Annual report on the working of the lock hospitals in the North-Western Provinces and Oudh
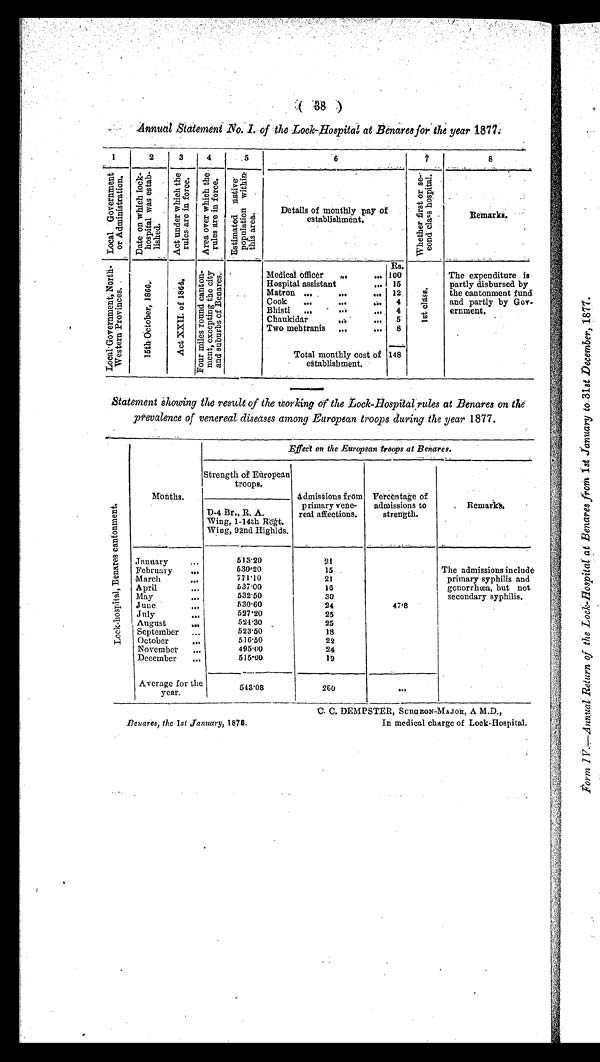
(38
)
Annual Statement No. I. of the Lock-Hospital at Benares for the year 1877.
1
2
3
4
5
6
7
8
T o t a l G o v e r n m e n t o r A d m i n i s t r a t i o n .
D a t e o n w h i c h l o c k - h o s p i t a l w a s e s t a b l i s h e d .
A c t u n d e r w h i c h t h e r u l e s a r e i n f o r c e .
A r e a o v e r w h i c h t h e r u l e s a r e i n f o r c e .
E s t i m a t e d n a t i v e p o p u l a t i o n w i t h i n t h i s a r e a .
Details of monthly pay of
establishment.
W h e a t h e r f i r s t o r s e - c o n d c l a s s h o s p i t a l .
R e m a r k s .
L o c a l G o v e r n m e n t N o r t h - W e s t e r n P r o v i n c e s .
1 5 t h O c t o b e r , 1 8 6 6 .
A c t X X I I . o f 1 8 6 4 .
F o u r m i l e s r o u n d c a n t o n - m e n t , e x c e p t i o n t h e c i t y a n d s u b u r b s o f B e n a r e s .
Rs.
Medical Officer
... ...
100
1 s t C l a s s .
The expenditure is
partly disbursed by
the cantonment fund
and partly by
Gov-ernment.
Hospital assistant
... 15
Matron ... ...
12
C o o k . . . . . . . . .
4
Bhisti ... ...
... 4
,
Chaukidar
...
. . . 5
Two mehtranis ...
. .. 8
Total monthly cost of
establishment.
148
Statement showing the result of the working of the Lock-Hospital rules at Benares on the
prevalence of venereal diseases among European troops during the year 1877.
L o c k - h o s p i t a l , B e n a r e s c a n t o n m e n t .
Months.
Effect on the European troops at Benares.
Strength of European
troops.
Admissions from
primary vene-
real affections.
Percentage of
admissions to
strength.
Remar ks.
D-4 Br., R. A.
Wing, 1-14th Regt.
Wing, 92nd Highlds.
January
513.20
21
February
...
530.20
15.
The admissions include
primary syphilis and
gonorrhœa, but not
secondary syphilis.
March
...
771.10
21
April
...
537.00
16
May
..
532.50
30
June
...
5 3 0 . 6 0
2 4
47.8
July
.4
527.20
25
August
...
524.30
25
September ...
523.50
18
October
...
516.50
22
November ...
495.00
24
December
...
515.00
19
Average for the
year.
543.08
260
. . .
.
C. C. DEMPSTER, SURGEON-MAJOR, A M.D.,
B e n a r e s , t h e 1 s t J a n u a r y ,
1 8 7 8 .
I n m e d i c a l c h a r g e o f L o c k - H o s p i t a l .